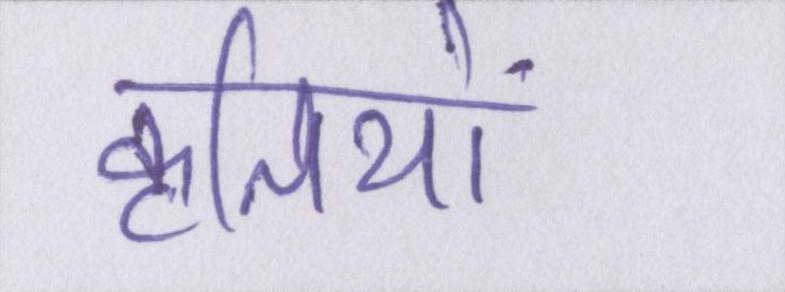
कृतियों